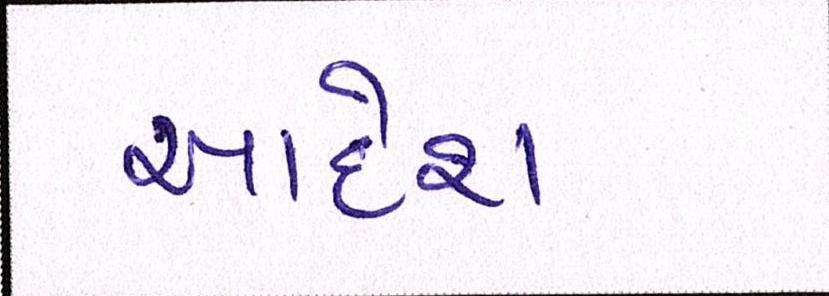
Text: આદેશ